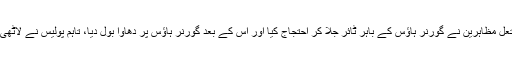
رپورٹ کے مطابق عراق کے جنوبی شہر البصرہ میں سیکڑوں مشتعل مظاہرین نے گورنر ہاؤس کے باہر ٹائر جلا کر احتجاج کیا اور اس کے بعد گورنر ہاؤس پر دھاوا بول دیا، تاہم پولیس نے لاٹھی چارج اور آنسوگیس کی شیلنگ کر کے مظاہرین کو پیچھے ہٹا دیا۔